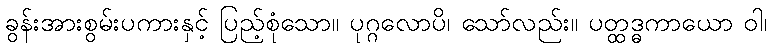
ခွန်းအားစွမ်းပကားနှင့် ပြည့်စုံသော။ ပုဂ္ဂလောပိ၊ သော်လည်း။ ပတ္ထဒ္ဓကာယော ဝါ၊